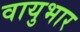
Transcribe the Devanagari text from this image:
वायुभार